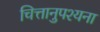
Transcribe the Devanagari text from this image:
चित्तानुपश्यना